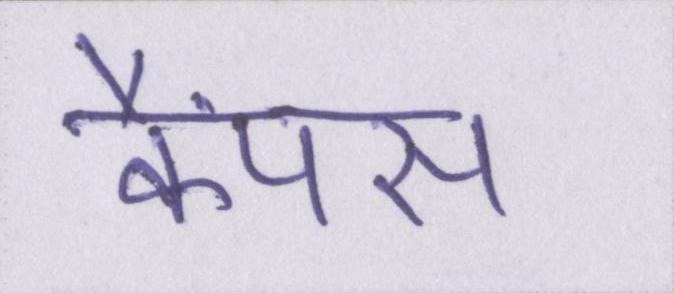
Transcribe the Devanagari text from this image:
कैंपस